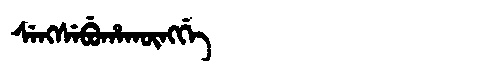
Manchu: ᠰᡝᠩᠰᡝᠪᡠᡥᠠᡴᡡᠩᡤᡝ
Romanization: SENGSEBUHAKŪNGGE